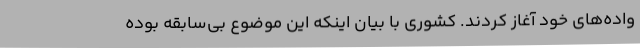
واده‌های خود آغاز کردند. کشوری با بیان اینکه این موضوع بی‌سابقه بوده